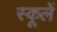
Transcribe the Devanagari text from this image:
स्कूलें